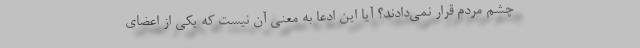
چشم مردم قرار نمی‌دادند؟ آیا این ادعا به معنی آن نیست که یکی از اعضای